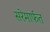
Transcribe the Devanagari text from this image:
सरेमार्फत